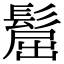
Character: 𩭪